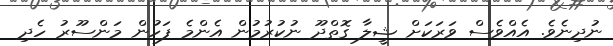
ނުދިނެވެ. އެއްވެސް ވަރަކަށް ޝީލާ ގޮތްދޫ ނުކުރުމުން އެންމެ ފަހުން މަންސޫރު ހެދި